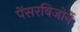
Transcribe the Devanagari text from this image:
पेंसरबिजोर्ने